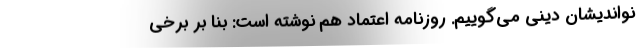
نواندیشان دینی می‌گوییم. روزنامه اعتماد هم نوشته است: بنا بر برخی